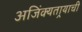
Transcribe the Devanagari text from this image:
अजिंक्‍यतार्‍याची